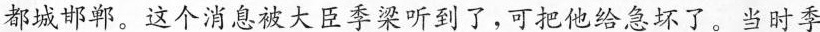
都城邯郸。这个消息被大臣季梁听到了，可把他给急坏了。当时季